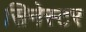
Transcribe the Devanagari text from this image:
सिनेस्टर